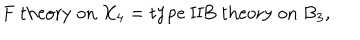
LaTeX: \mathrm { F ~ t h e o r y ~ o n ~ } X _ { 4 } = \mathrm { t y p e ~ I I B ~ t h e o r y ~ o n ~ } B _ { 3 } ,